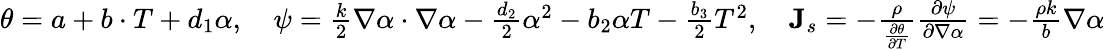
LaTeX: \begin{array}{r}{\theta=a+b\cdot T+d_{1}\alpha,\quad\psi=\frac{k}{2}\nabla\alpha\cdot\nabla\alpha-\frac{d_{2}}{2}\alpha^{2}-b_{2}\alpha T-\frac{b_{3}}{2}T^{2},\quad\mathbf{J}_{s}=-\frac{\rho}{\frac{\partial\theta}{\partial T}}\frac{\partial\psi}{\partial\nabla\alpha}=-\frac{\rho k}{b}\nabla\alpha}\end{array}